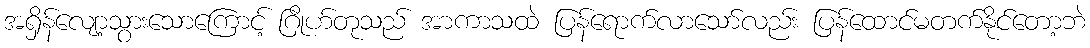
အရှိန်လျော့သွားသောကြောင့် ဂြိုဟ်တုသည် အာကာသထဲ ပြန်ရောက်လာသော်လည်း ပြန်ထောင်မတက်နိုင်တော့ဘဲ